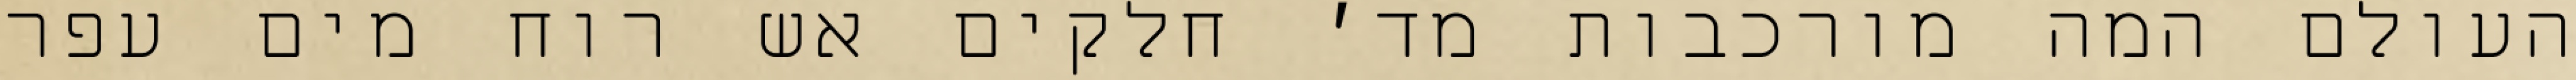
העולם המה מורכבות מד׳ חלקים אש רוח מים עפר